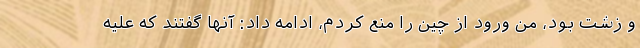
و زشت بود، من ورود از چین را منع کردم، ادامه داد: آنها گفتند که علیه